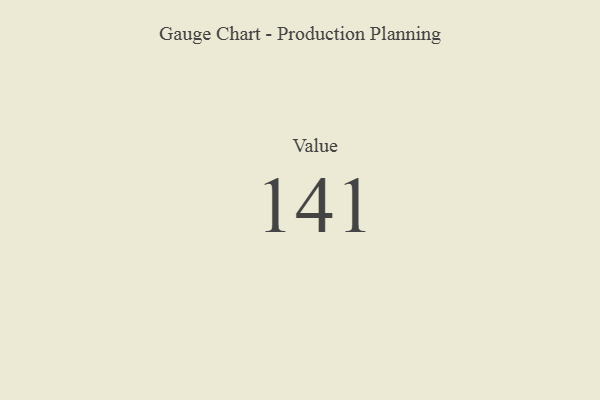
{"axis": {"x": "Metric", "y": "Value"}, "legend": [""], "data": [{"x": "Value", "y": 141, "type": ""}]}